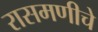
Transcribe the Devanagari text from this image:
रासमणीचे